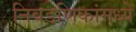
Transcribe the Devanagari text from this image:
निवडणिकांमध्ये